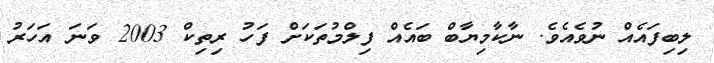
ލިބިފައެއް ނުވެއެވެ. ނާކާމިޔާބް ބައެއް ފިލްމުތަކަށް ފަހު ރިތިކް 2003 ވަނަ އަހަރު